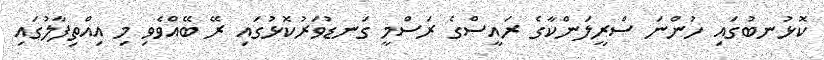
ކޮޅުނބުގައި ހުންނަ ސްރީލަންކާގެ ރައީސްގެ ރަސްމީ ގަނޑުވަރުކޮޅުގައި ރޭ ބޭއްވެވި މި އިއްތިފާލުގައި